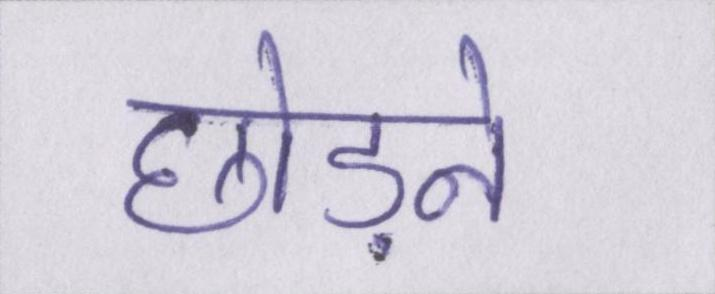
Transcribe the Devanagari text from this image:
छोड़ने